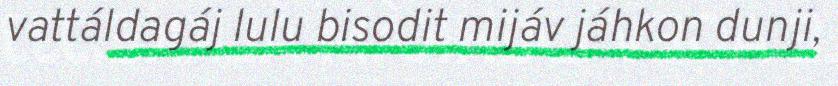
vattáldagáj lulu bisodit mijáv jáhkon dunji,